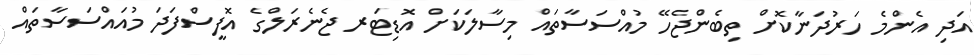
އަދި އެންމެ ހަރުދަނާކޮށް ތިބެންޖެހޭ މުއްސަސާތައް މިސާލަކަށް އޮޑިޓަރ ޖެނެރަލްގެ އޮފީސްފަދަ މުއައްސަސާތައް